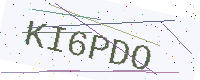
Text: KI6PDO